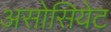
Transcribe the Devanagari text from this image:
असोसियेट